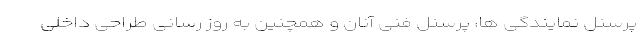
پرسنل نمایندگی ها، پرسنل فنی آنان و همچنین به روز رسانی طراحی داخلی